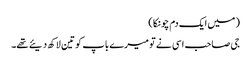
( میں ایک دم چونکا )
جی صاحب اسی نے تو میرے باپ کو تین لاکھ دیئے تھے۔